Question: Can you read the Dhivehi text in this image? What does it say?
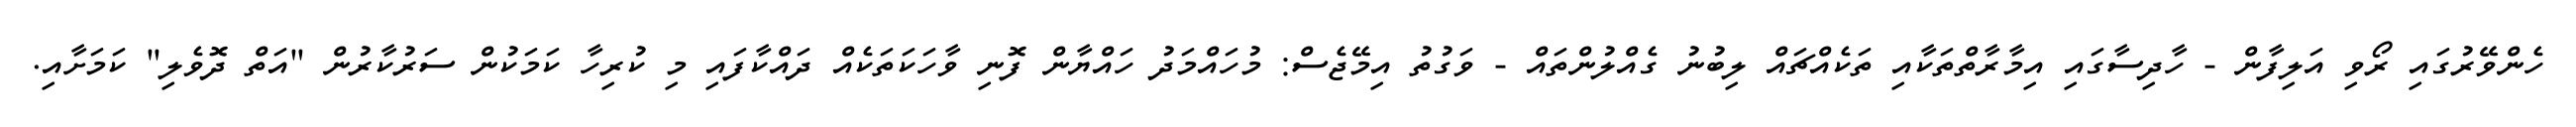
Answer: ހެންވޭރުގައި ރޯވި އަލިފާން - ހާދިސާގައި އިމާރާތްތަކާއި ތަކެއްޗައް ލިބުނު ގެއްލުންތައް - ވަގުތު އިމޭޖެސް: މުހައްމަދު ހައްޔާން ފޮނި ވާހަކަތަކެއް ދައްކާފައި މި ކުރިހާ ކަމަކުން ސަރުކާރުން "އަތް ދޮވެލި" ކަމަށާއި.